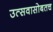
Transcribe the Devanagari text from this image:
उत्सवासोबतच